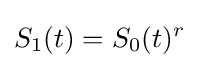
S_{1}(t)=S_{0}(t)^{r}